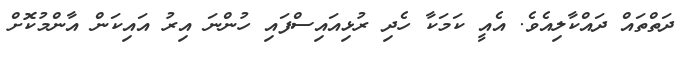
ދަތްތައް ދައްކާލިއެވެ. އެއީ ކަމަކާ ހެދި ރުޅިއައިސްފައި ހުންނަ އިރު އައިކަން އާންމުކޮށް